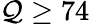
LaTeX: \mathcal{Q}\geq74